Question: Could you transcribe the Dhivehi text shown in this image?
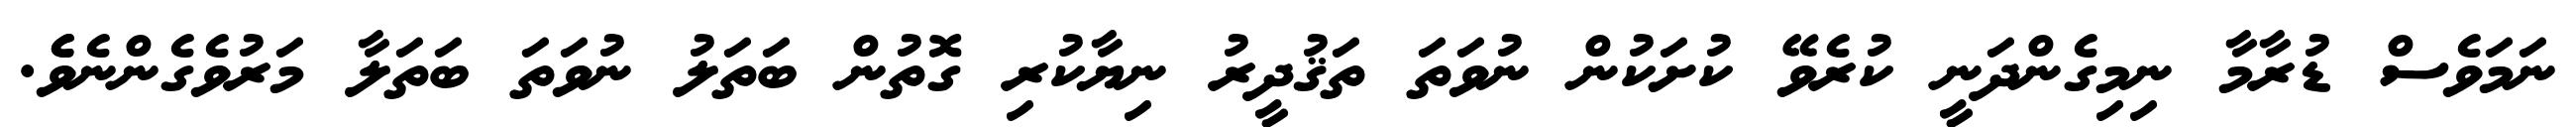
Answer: ނަމަވެސް ޑުރާމާ ނިމިގެންދަނީ ކުރެވޭ ކުށަކުން ނުވަތަ ތަޤުދީރު ނިޔާކުރި ގޮތުން ބަތަލު ނުވަތަ ބަތަލާ މަރުވެގެންނެވެެ.